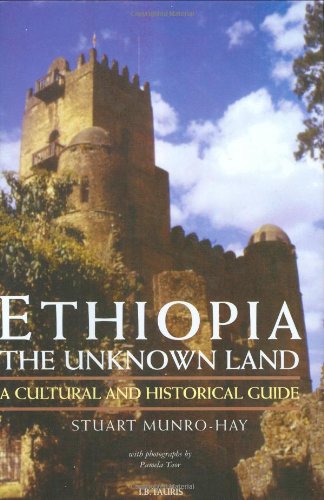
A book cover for Ethiopia, the Unknown Land: A Cultural and Historical Guide; Stuart Munro-Hay; Travel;